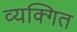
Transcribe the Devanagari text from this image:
व्यक्गित